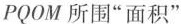
PQOM所围”面积”